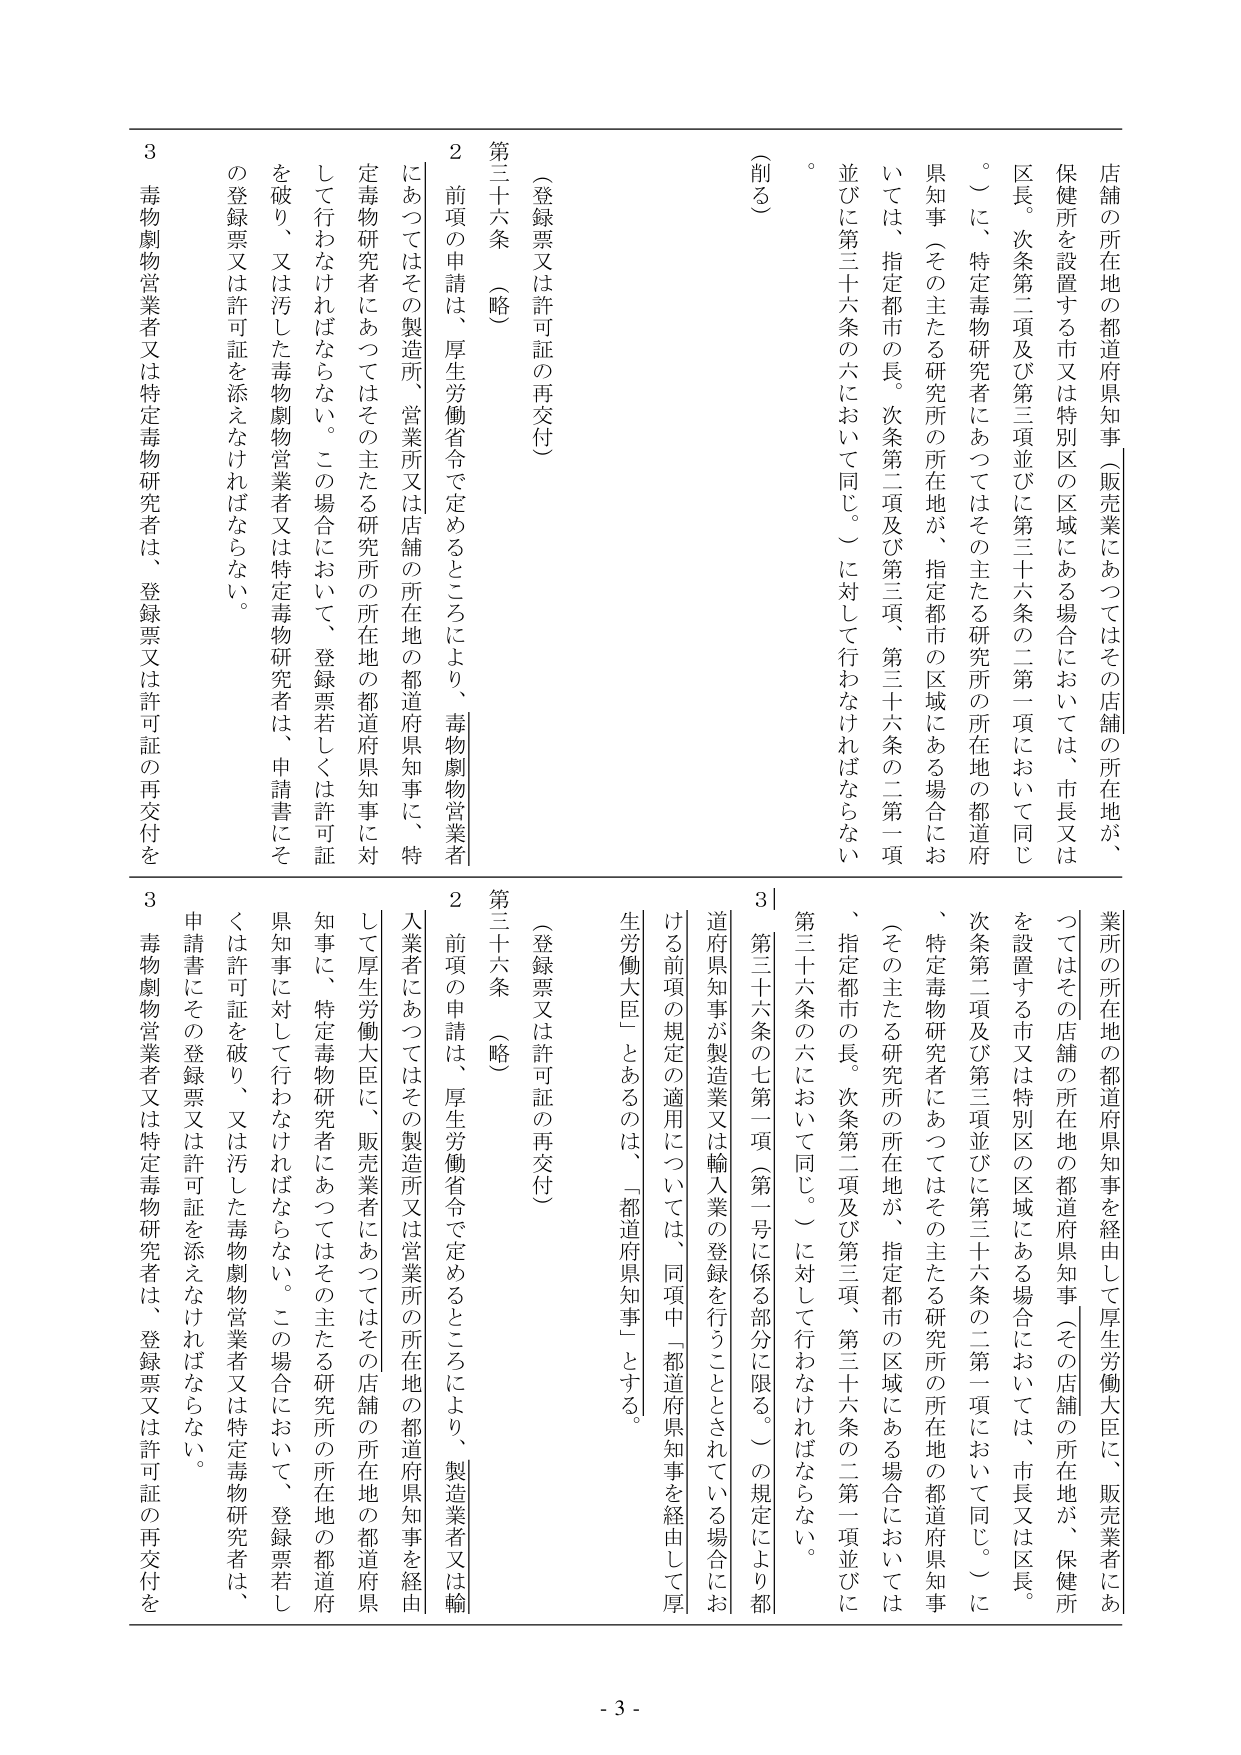
店舗の所在地の都道府県知事（販売業にあつてはその店舗の所在地が、保健所を設置する市又は特別区の区域にある場合においては、市長又は区長。次条第二項及び第三項並びに第三十六条の二第一項において同じ。）に、特定毒物研究者にあつてはその主たる研究所の所在地の都道府県知事（その主たる研究所の所在地が、指定都市の区域にある場合においては、指定都市の長。次条第二項及び第三項、第三十六条の二第一項並びに第三十六条の六において同じ。）に対して行わなければならない。

（削る）

第三十六条（略）
（登録票又は許可証の再交付）
２ 前項の申請は、厚生労働省令で定めるところにより、毒物劇物営業者にあつてはその製造所、営業所又は店舗の所在地の都道府県知事に、特定毒物研究者にあつてはその主たる研究所の所在地の都道府県知事に対して行わなければならない。この場合において、登録票若しくは許可証を破り、又は汚した毒物劇物営業者又は特定毒物研究者は、申請書にその登録票又は許可証を添えなければならない。
３ 毒物劇物営業者又は特定毒物研究者は、登録票又は許可証の再交付を

業所の所在地の都道府県知事を経由して厚生労働大臣に、販売業者にあつてはその店舗の所在地の都道府県知事（その店舗の所在地が、保健所を設置する市又は特別区の区域にある場合においては、市長又は区長。次条第二項及び第三項並びに第三十六条の二第一項において同じ。）に、特定毒物研究者にあつてはその主たる研究所の所在地の都道府県知事（その主たる研究所の所在地が、指定都市の区域にある場合においては、指定都市の長。次条第二項及び第三項、第三十六条の二第一項並びに第三十六条の六において同じ。）に対して行わなければならない。

第三十六条の七第一項（第一号に係る部分に限る。）の規定により都道府県知事が製造業又は輸入業の登録を行うこととされている場合における前項の規定の適用については、同項中「都道府県知事を経由して厚生労働大臣」とあるのは、「都道府県知事」とする。

第三十六条（略）
（登録票又は許可証の再交付）
２ 前項の申請は、厚生労働省令で定めるところにより、製造業者又は輸入業者にあつてはその製造所又は営業所の所在地の都道府県知事を経由して厚生労働大臣に、販売業者にあつてはその店舗の所在地の都道府県知事に、特定毒物研究者にあつてはその主たる研究所の所在地の都道府県知事に対して行わなければならない。この場合において、登録票若しくは許可証を破り、又は汚した毒物劇物営業者又は特定毒物研究者は、申請書にその登録票又は許可証を添えなければならない。
３ 毒物劇物営業者又は特定毒物研究者は、登録票又は許可証の再交付を

- 3 -